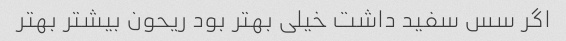
اگر سس سفید داشت خیلی بهتر بود ریحون بیشتر بهتر